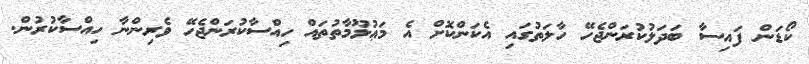
ކޯޑަން ފައިސާ ބަދަލުކުރަންޖެހޭ ހާލަތުގައި އެކަންކޮށް އެ މަޢުލޫމާތުތައް ހިއްސާކުރަންޖެހޭ ވެރިންނާ ހިއްސާކުރުން.